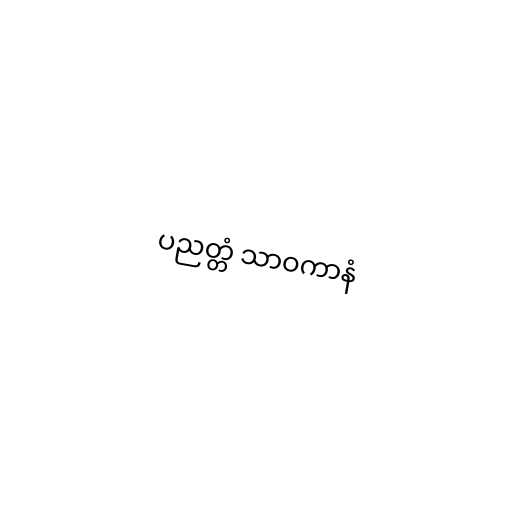
ပညတ္တံ သာဝကာနံ